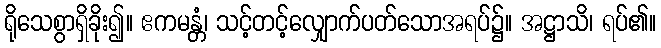
ရိုသေစွာရှိခိုး၍။ ဧကမန္တံ၊ သင့်တင့်လျှောက်ပတ်သောအရပ်၌။ အဋ္ဌာသိ၊ ရပ်၏။